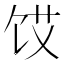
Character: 𮩜